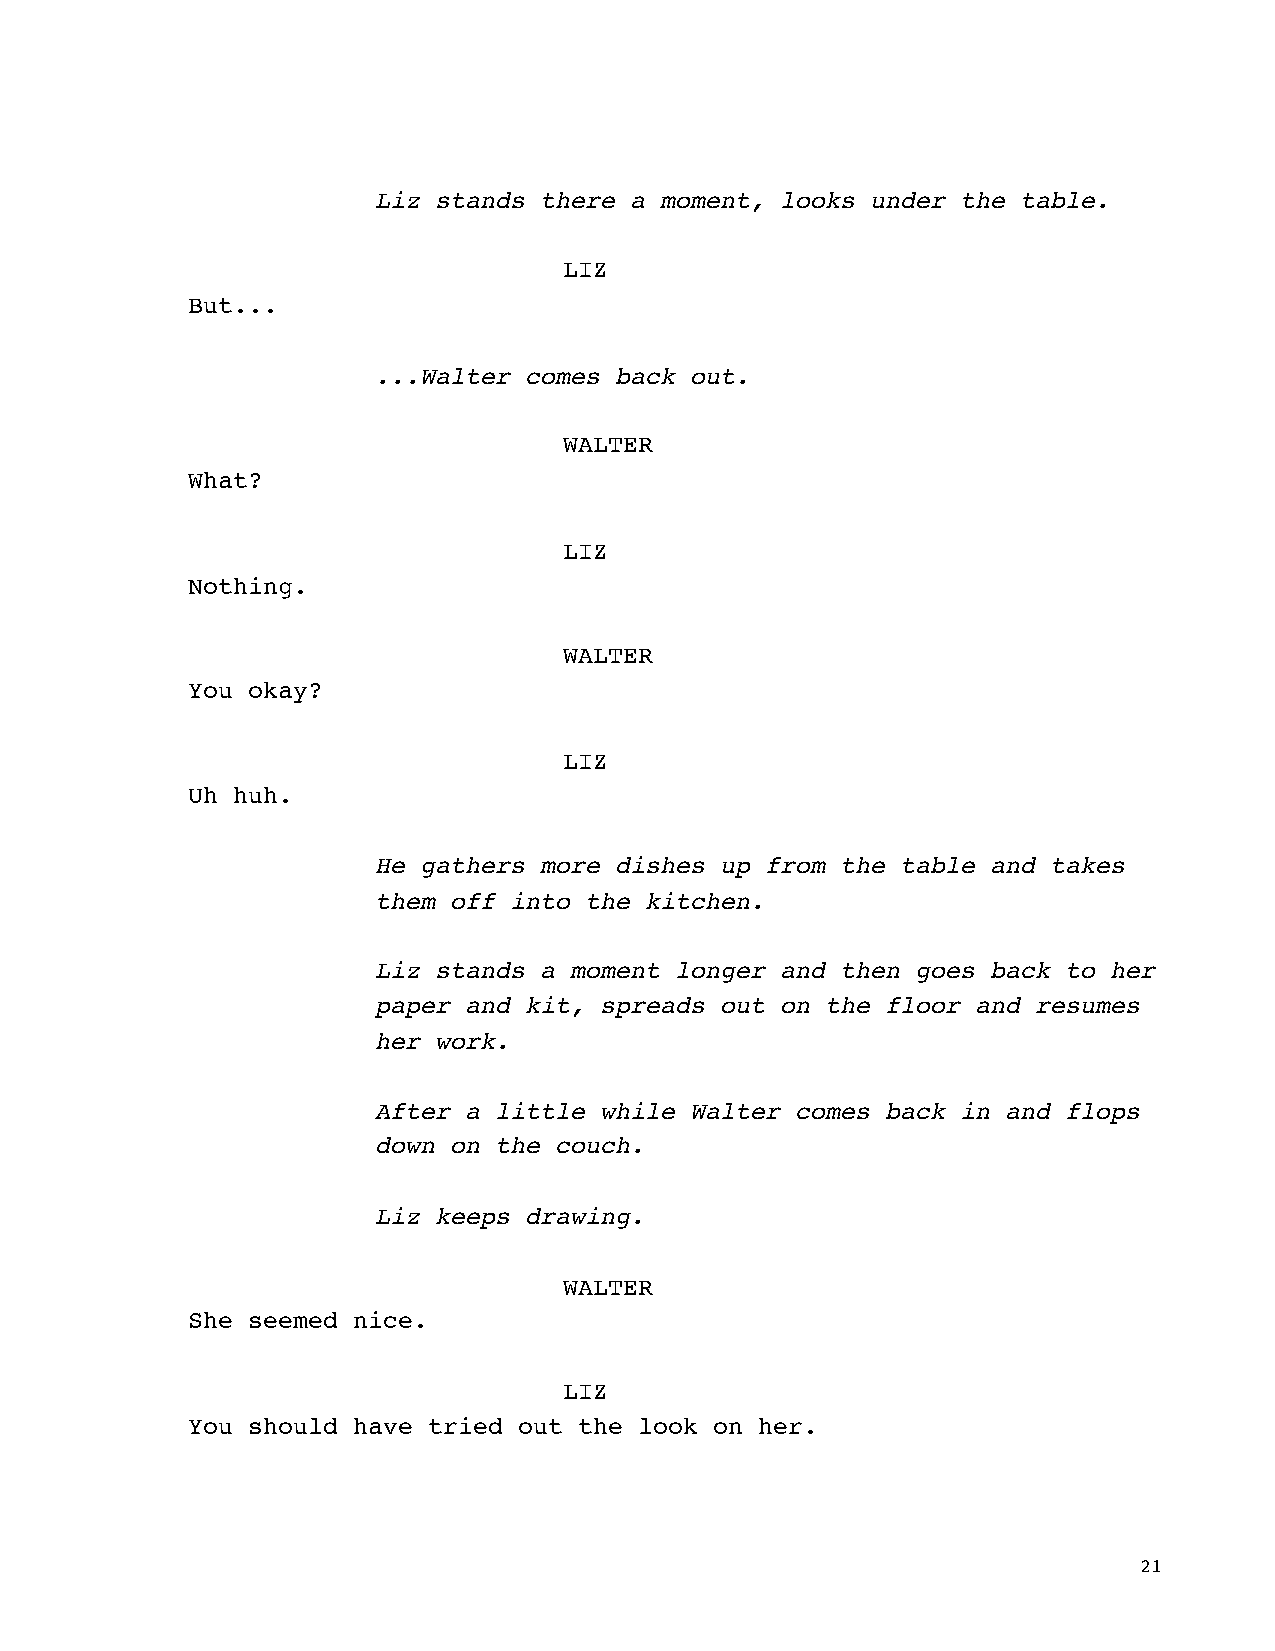
Liz stands there a moment, looks under the table.
 LIZ
 But...
 ...Walter comes back out.
 WALTER
 What?
 LIZ
 Nothing.
 WALTER
 You okay?
 LIZ
 Uh huh.
 He gathers more dishes up from the table and takes
 them off into the kitchen.
 Liz stands a moment longer and then goes back to her
 paper and kit, spreads out on the floor and resumes
 her work.
 After a little while Walter comes back in and flops
 down on the couch.
 Liz keeps drawing.
 WALTER
 She seemed nice.
 LIZ
 You should have tried out the look on her.
 21